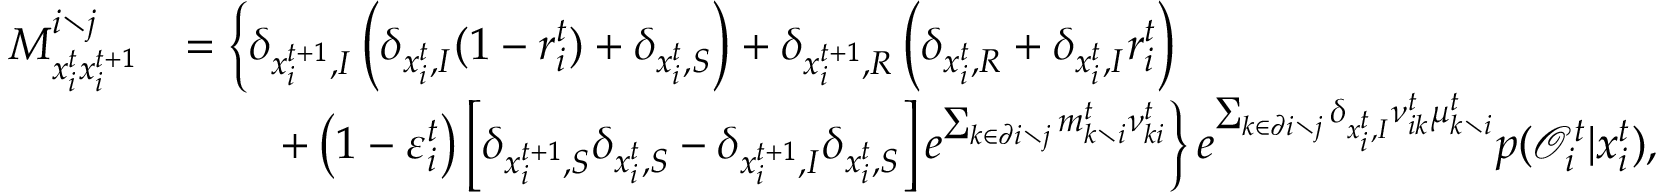
\begin{array} { r l } { M _ { x _ { i } ^ { t } x _ { i } ^ { t + 1 } } ^ { i \setminus j } } & { = \left\{ \delta _ { x _ { i } ^ { t + 1 } , I } \left( \delta _ { x _ { i } ^ { t } , I } ( 1 - r _ { i } ^ { t } ) + \delta _ { x _ { i } ^ { t } , S } \right) + \delta _ { x _ { i } ^ { t + 1 } , R } \left( \delta _ { x _ { i } ^ { t } , R } + \delta _ { x _ { i } ^ { t } , I } r _ { i } ^ { t } \right) \right. } \\ & { \qquad \left. + \left( 1 - \varepsilon _ { i } ^ { t } \right) \left[ \delta _ { x _ { i } ^ { t + 1 } , S } \delta _ { x _ { i } ^ { t } , S } - \delta _ { x _ { i } ^ { t + 1 } , I } \delta _ { x _ { i } ^ { t } , S } \right] e ^ { \sum _ { k \in \partial i \setminus j } m _ { k \setminus i } ^ { t } \nu _ { k i } ^ { t } } \right\} e ^ { \sum _ { k \in \partial i \setminus j } \delta _ { x _ { i } ^ { t } , I } \nu _ { i k } ^ { t } \mu _ { k \setminus i } ^ { t } } p ( \mathcal { O } _ { i } ^ { t } | x _ { i } ^ { t } ) , } \end{array}